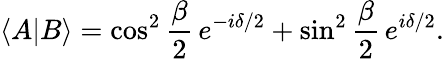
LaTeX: \langle A|B\rangle=\cos^{2}{\frac{\beta}{2}}\, e^{-i\delta/2}+\sin^{2}{\frac{\beta}{2}}\, e^{i\delta/2}.